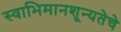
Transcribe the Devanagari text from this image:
स्वाभिमानशून्यतेचे